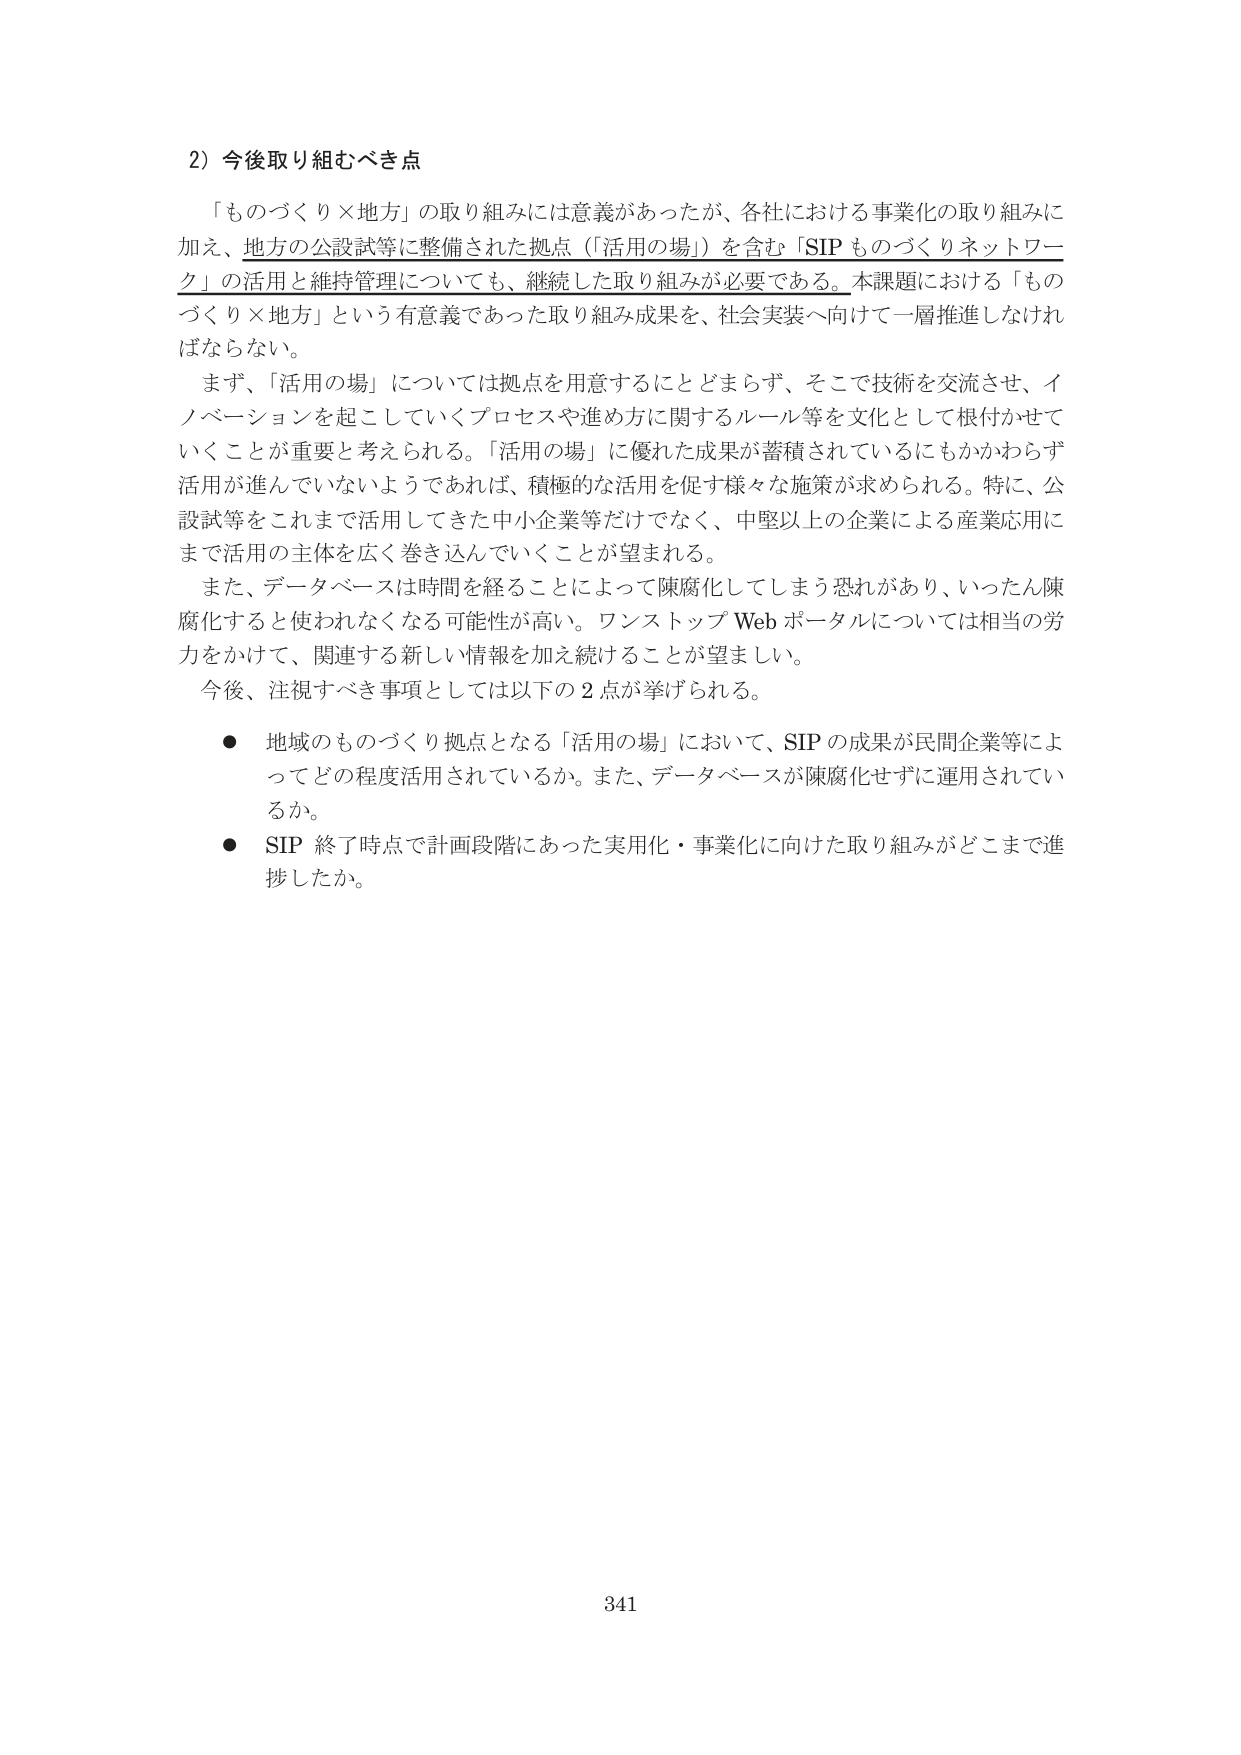
2) 今後取り組むべき点

「ものづくり×地方」の取り組みには意義があったが、各社における事業化の取り組みに加え、地方の公設試等に整備された拠点（「活用の場」）を含む「SIP ものづくりネットワーク」の活用と維持管理についても、継続した取り組みが必要である。本課題における「ものづくり×地方」という有意義であった取り組み成果を、社会実装へ向けて一層推進しなければならない。

まず、「活用の場」については拠点を用意することとどまらず、そこで技術を交流させ、イノベーションを起こしていくプロセスや進め方に関するルール等を文化として根付かせていくことが重要と考えられる。「活用の場」に優れた成果が蓄積されているにもかかわらず活用が進んでいないようであれば、積極的な活用を促す様々な施策が求められる。特に、公設試等をこれまで活用してきた中小企業等だけでなく、中堅以上の企業による産業応用にまで活用の主体を広く巻き込んでいくことが望まれる。

また、データベースは時間を経ることによって陳腐化してしまう恐れがあり、いったん陳腐化すると使われなくなる可能性が高い。ワンストップ Web ポータルについては相当の労力をかけて、関連する新しい情報を加え続けることが望ましい。

今後、注視すべき事項としては以下の2点が挙げられる。

- 地域のものづくり拠点となる「活用の場」において、SIP の成果が民間企業等によってどの程度活用されているか。また、データベースが陳腐化せずに運用されているか。
- SIP 終了時点で計画段階にあった実用化・事業化に向けた取り組みがどこまで進捗したか。

341